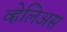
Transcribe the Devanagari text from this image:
व्हेलिअस